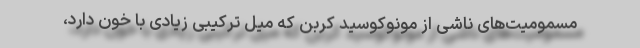
مسمومیت‌های ناشی از مونوکوسید کربن که میل ترکیبی زیادی با خون دارد،